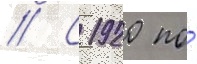
// С 1920 по́